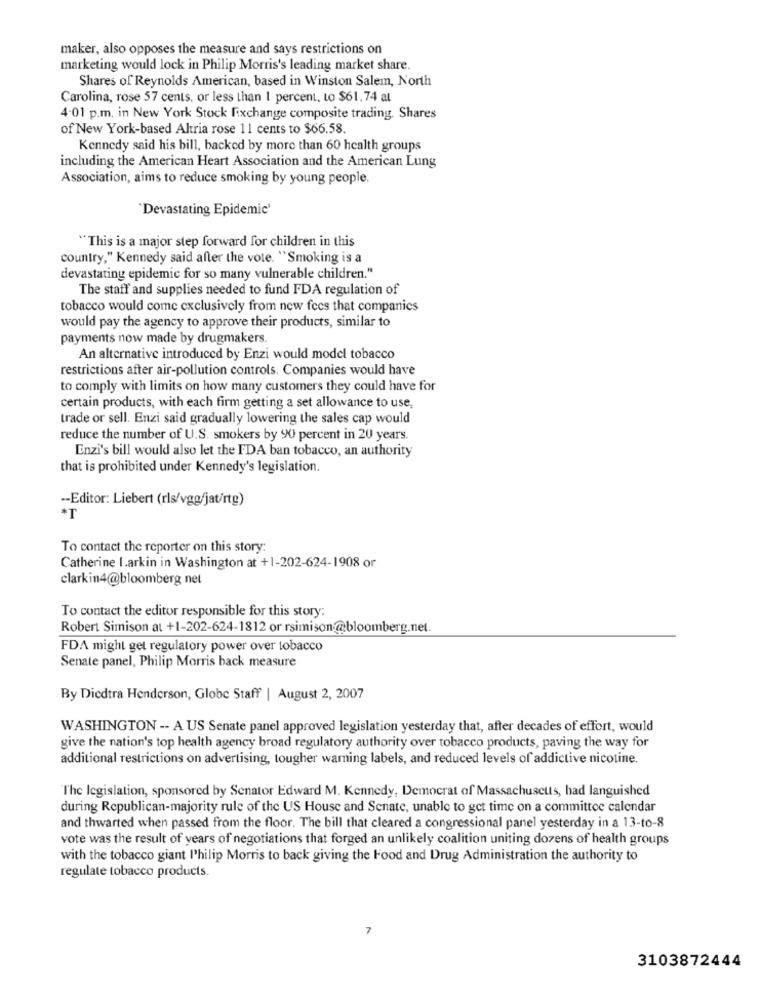
maker, also opposes the measure and says restrictions on
marketing would lock in Philip Morris's leading market share.
Shares of Reynolds American, based in Winston Salem, North
Carolina, rose 57 cents, or less than 1 percent, to $61.74 al
4.01 p.m. in New York Stock Fixchange composite trading. Shares
of New York-based Altria rose 11 cents to $66.58.
Kennedy said his bill, backed by more than 60 health groups
including the American Heart Association and the American Lung
Association, aims to reduce smoking by young people.
'Devastating Epidemic'
"This is a major step forward for children in this
country," Kennedy said after the vote. "Smoking is a
devastating epidemic for so many vulnerable children."
The staff and supplies needed to fund FDA regulation of
tobacco would come exclusively from new fees that companies
would pay the agency to approve their products, similar to
payments now made by drugmakers.
An alternative introduced by Enzi would model tobacco
restrictions after air-pollution controls. Companies would have
to comply with limits on how many customers they could have for
certain products, with each firm getting a set allowance to use,
trade or sell. Enzi said gradually lowering the sales cap would
reduce the number of U.S. smokers by 90 percent in 20 years.
Enzi's bill would also let the FDA ban tobacco, an authority
that is prohibited under Kennedy's legislation.
-- Editor: Liebert (rls/vgg/jat/rtg)
To contact the reporter on this story:
Catherine I.arkin in Washington at +1-202-624-1908 or
clarkin4@bloomberg net
To contact the editor responsible for this story:
Robert Simison at +1-202-624-1812 or rsimison@bloomberg.net.
FDA might get regulatory power over tobacco
Senate panel, Philip Morris back measure
By Diedtra Henderson, Globe Staff | August 2, 2007
WASHINGTON -- A US Senate panel approved legislation yesterday that, after decades of effort, would
give the nation's top health agency broad regulatory authority over tobacco products, paving the way for
additional restrictions on advertising, tougher warning labels, and reduced levels of addictive nicotine.
T'he legislation, sponsored by Senator Edward M. Kennedy, Democrat of Massachusetts, had languished
during Republican-majority rule of the US House and Senate, unable to get time on a committee calendar
and thwarted when passed from the floor. The bill that cleared a congressional panel yesterday in a 13-to-8
vote was the result of years of negotiations that forged an unlikely coalition uniting dozens of health groups
with the tobacco giant l'hilip Morris to back giving the Food and Drug Administration the authority to
regulate tobacco products.
7
3103872444